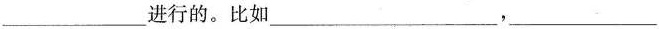
___进行的。比如___，___